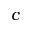
c